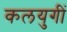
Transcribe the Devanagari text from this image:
कलयुगीं